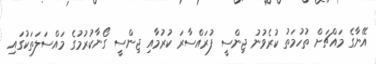
އޭނާގެ މައްޗަށް ތުހުމަތު ކުރެވުނު ޖިންސީ ފުރައްސާރަ ކުރުމާއި ޖިންސީ ގޯޯނާކުރުމުގެ މައްސަލަތަކުގައި